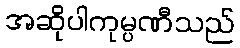
အဆိုပါကုမ္ပဏီသည်